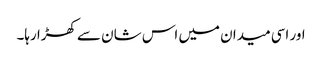
اور اسی میدان میں اس شان سے کھڑا رہا۔